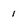
Character: 1